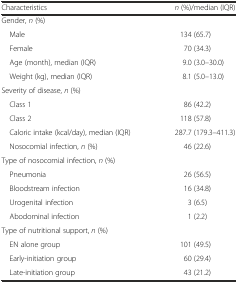
| Characteristics | n (%)/median (IQR) |
 | --- | --- |
 | <COLSPAN=2> Gender, n (%) |
 | Male | 134 (65.7) |
 | Female | 70 (34.3) |
 | Age (month), median (IQR) | 9.0 (3.0–30.0) |
 | Weight (kg), median (IQR) | 8.1 (5.0–13.0) |
 | <COLSPAN=2> Severity of disease, n (%) |
 | Class 1 | 86 (42.2) |
 | Class 2 | 118 (57.8) |
 | Caloric intake (kcal/day), median (IQR) | 287.7 (179.3–411.3) |
 | Nosocomial infection, n (%) | 46 (22.6) |
 | <COLSPAN=2> Type of nosocomial infection, n (%) |
 | Pneumonia | 26 (56.5) |
 | Bloodstream infection | 16 (34.8) |
 | Urogenital infection | 3 (6.5) |
 | Abodominal infection | 1 (2.2) |
 | <COLSPAN=2> Type of nutritional support, n (%) |
 | EN alone group | 101 (49.5) |
 | Early-initiation group | 60 (29.4) |
 | Late-initiation group | 43 (21.2) |